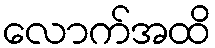
လောက်အထိ